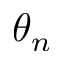
\theta _ { n }